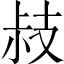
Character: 𢻃